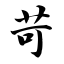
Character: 苛